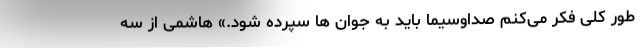
طور کلی فکر می‌کنم صداوسیما باید به جوان ها سپرده شود.» هاشمی از سه